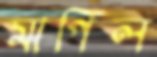
মাপিল